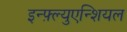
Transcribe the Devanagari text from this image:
इन्फ़्ल्युएन्शियल